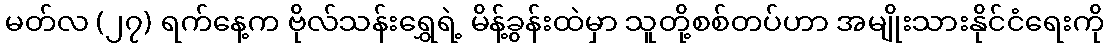
မတ်လ (၂၇) ရက်နေ့က ဗိုလ်သန်းရွှေရဲ့ မိန့်ခွန်းထဲမှာ သူတို့စစ်တပ်ဟာ အမျိုးသားနိုင်ငံရေးကို